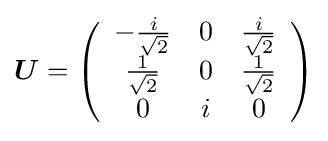
{\boldsymbol {U}}=\left({\begin{array}{ccc}-{\frac {i}{\sqrt {2}}}&0&{\frac {i}{\sqrt {2}}}\\{\frac {1}{\sqrt {2}}}&0&{\frac {1}{\sqrt {2}}}\\0&i&0\\\end{array}}\right)